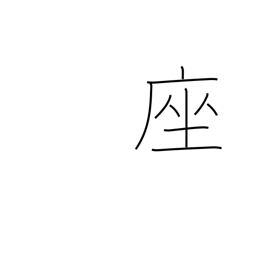
Meaning: cushion